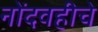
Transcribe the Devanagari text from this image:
नोंदवहीचे